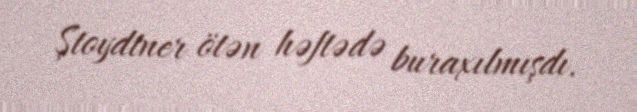
Ştoydtner ötən həftədə buraxılmışdı.